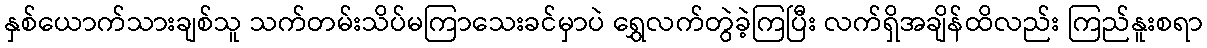
နှစ်ယောက်သားချစ်သူ သက်တမ်းသိပ်မကြာသေးခင်မှာပဲ ရွှေလက်တွဲခဲ့ကြပြီး လက်ရှိအချိန်ထိလည်း ကြည်နူးစရာ